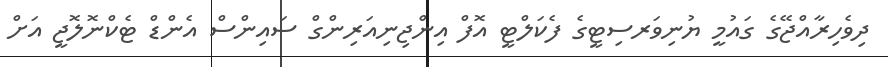
ދިވެހިރާއްޖޭގެ ގައުމީ ޔުނިވަރސިޓީގެ ފެކަލްޓީ އޮފް އިންޖިނިއަރިންގް ސައިންސް އެންޑް ޓެކްނޮލޮޖީ އަށް